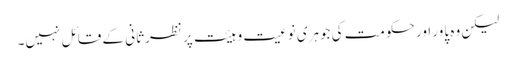
لیکن وہ پاور اور حکومت کی جوہری نوعیت و ہیئت پر نظرثانی کے قائل نہیں۔